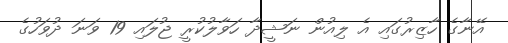
އޭނާގެ ހާޒިރުގައި އެ ލިއުން ނަޝީދާ ހަވާލުކުރީ ޖުލައި 19 ވަނަ ދުވަހުގެ